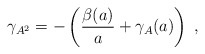
\begin{align*}\gamma _{A^{2}}=-\left( \frac{\beta (a)}{a}+\gamma _{A}(a)\right) \;,\end{align*}